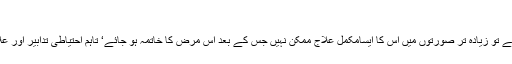
مرض کا علاج
یہ ایسا سینڈروم ہے کہ اگر ایک دفعہ کسی کو ہوجائے تو زیادہ تر صورتوں میں اس کا ایسامکمل علاج ممکن نہیں جس کے بعد اس مرض کا خاتمہ ہو جائے‘ تاہم احتیاطی تدابیر اور علاج کی مددسے اسے کنٹرول میں رکھا جا سکتا ہے۔